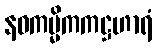
နဝကမ္မိကကဋ္ဌဟာရံ